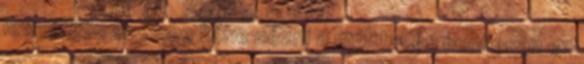
létrejöjjön szembe kéne nézni a múlttal és pontosan ez